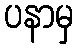
ပနာမှ